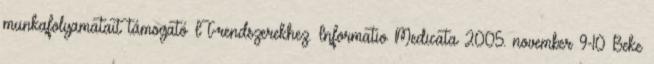
munkafolyamatait támogató IT-rendszerekhez. Informatio Medicata 2005. november 9-10 Beke